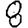
Digit: 8